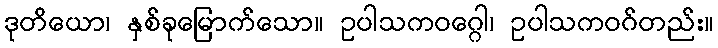
ဒုတိယော၊ နှစ်ခုမြောက်သော။ ဥပါသကဝဂ္ဂေါ၊ ဥပါသကဝဂ်တည်း။